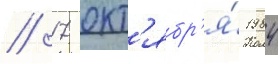
// 17 окт'ябр'я́ 1984